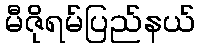
မီဇိုရမ်ပြည်နယ်